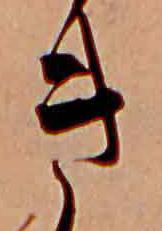
き